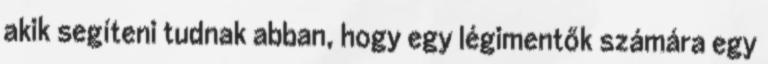
akik segíteni tudnak abban, hogy egy légimentők számára egy